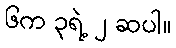
၆က ၃ရဲ့ ၂ ဆပါ။